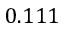
0 . 1 1 1